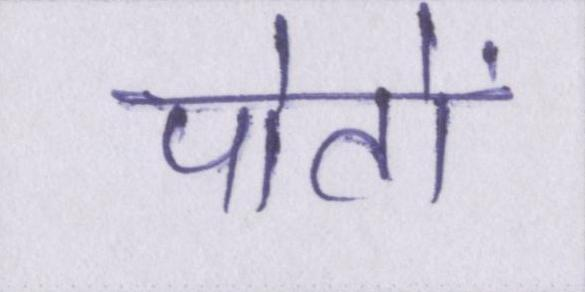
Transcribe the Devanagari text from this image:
पोतों